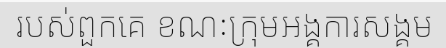
របស់ពួកគេ ខណៈក្រុមអង្គការសង្គម